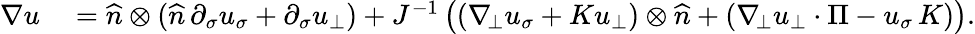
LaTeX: \begin{array}{rl}{\nabla u}&{{}=\widehat{n}\otimes(\widehat{n}\, \partial_{\sigma}u_{\sigma}+\partial_{\sigma}u_{\bot})+J^{-1}\left((\nabla_{\! \bot}u_{\sigma}+Ku_{\bot})\otimes\widehat{n}+(\nabla_{\! \bot}u_{\bot}\cdot\Pi-u_{\sigma}\, K)\right).}\end{array}